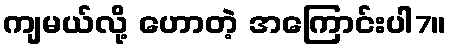
ကျမယ်လို့ ဟောတဲ့ အကြောင်းပါ7။